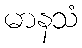
မာနသံ